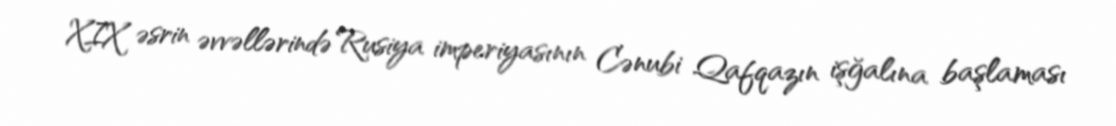
XIX əsrin əvvəllərində Rusiya imperiyasının Cənubi Qafqazın işğalına başlaması